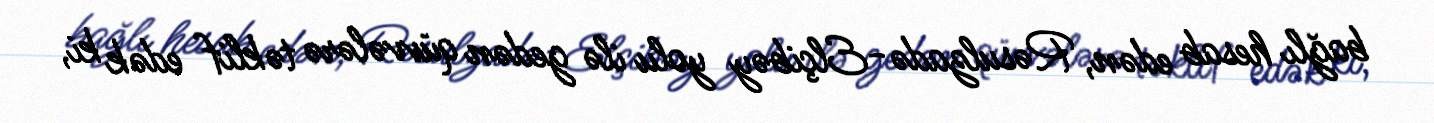
bağlı hesab edən, Rəsulzadə-Elçibəy yolu ilə gedən qüvvələrə təklif edək ki,